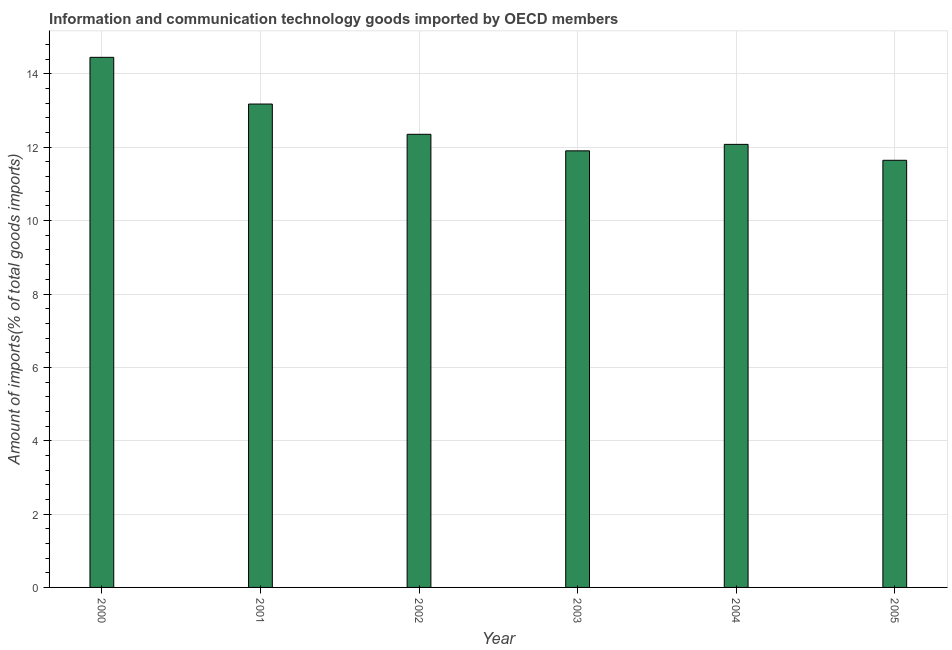
| Year | ICT goods imports |
 | --- | --- |
 | 2000 | 14.5 |
 | 2001 | 13.2 |
 | 2002 | 12.4 |
 | 2003 | 11.9 |
 | 2004 | 12.1 |
 | 2005 | 11.6 |